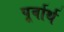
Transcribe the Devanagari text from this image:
पूर्वार्थ